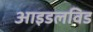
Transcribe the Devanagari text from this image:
आइडलविड